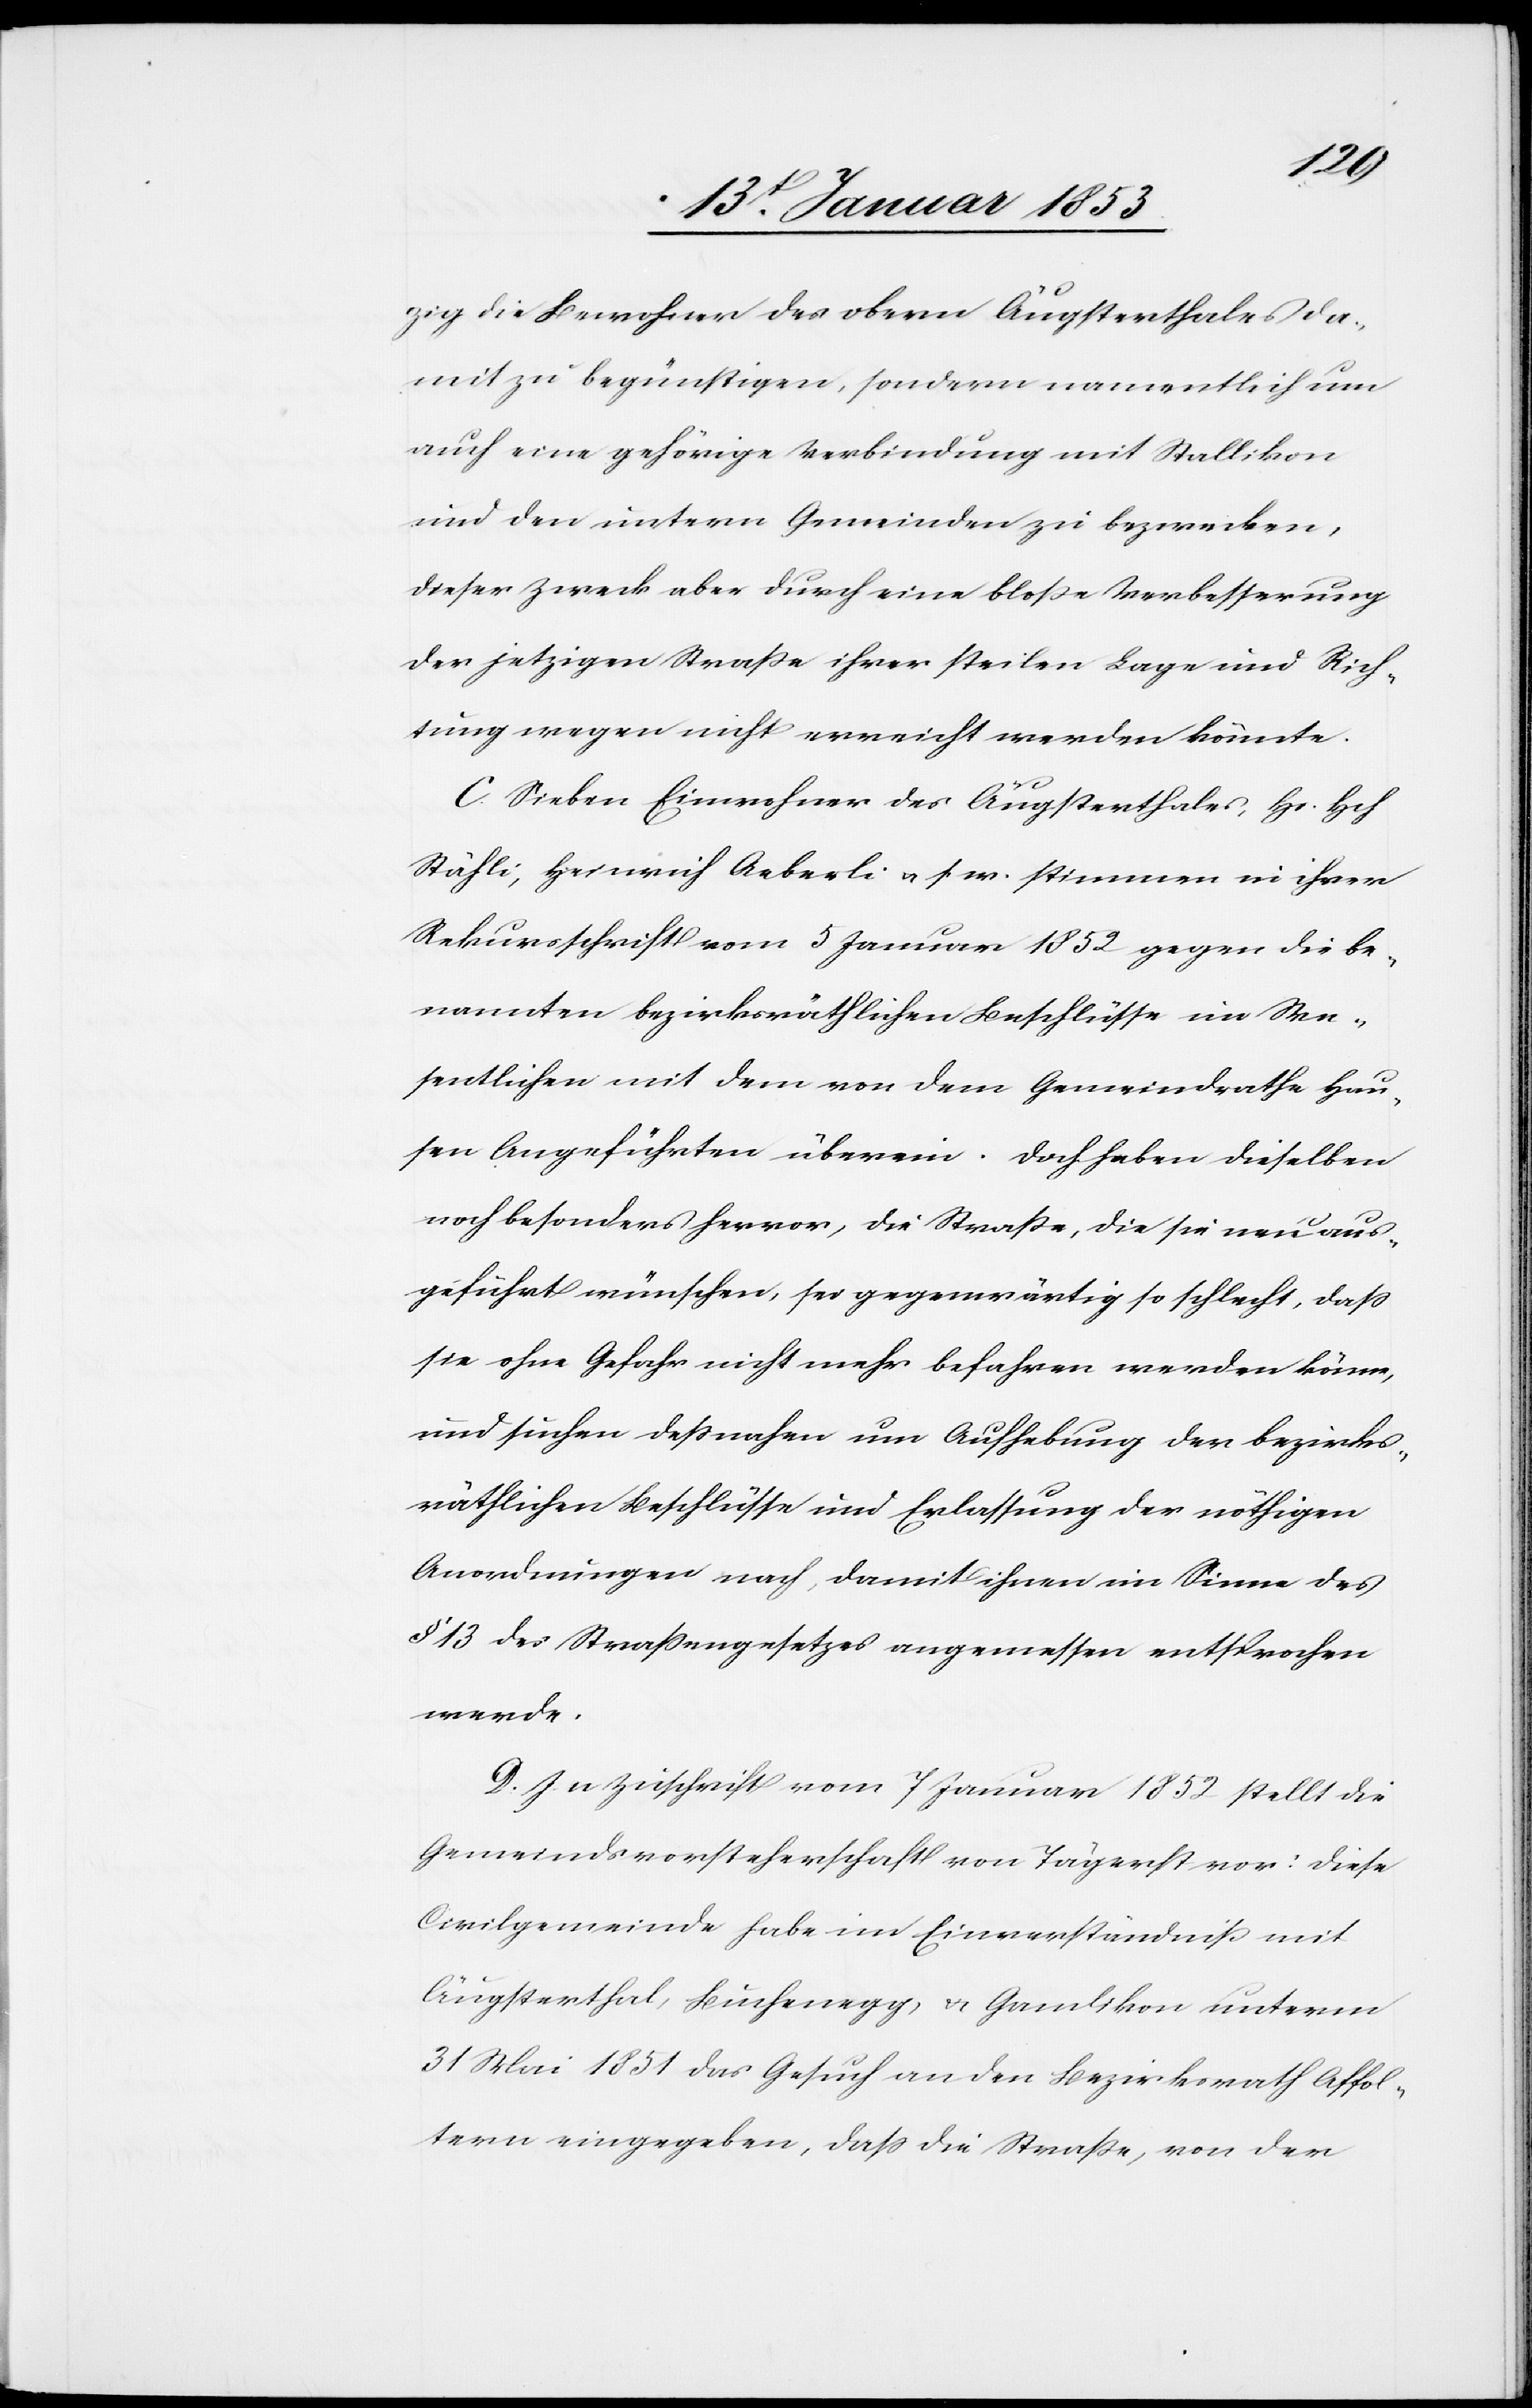
zig die Bewohner des obern Äugsterthales da¬
mit zu begünstigen, sondern namentlich um
auch eine gehörige Verbindung mit Stallikon
und den untern Gemeinden zu bezwecken,
dieser Zweck aber durch eine blosse Verbesserung
der jetzigen Strasse ihrer steilen Lage und Rich¬
tung wegen nicht erreicht werden könnte.
C. Sieben Einwohner des Äugsterthales, Hs. Hch
Stähli, Heinrich Aeberli u. s. w. stimmen in ihrer
Rekursschrift vom 5 Januar 1852 gegen die be¬
nannten bezirksräthlichen Beschlüsse im We¬
sentlichen mit dem von dem Gemeindrathe Hau¬
sen Angeführten überein. Doch heben dieselben
noch besonders hervor, die Strasse, die sie neu aus¬
geführt wünschen, sei gegenwärtig so schlecht, dass
sie ohne Gefahr nicht mehr befahren werden könne,
und suchen dessnahen um Aufhebung der bezirks¬
räthlichen Beschlüsse und Erlassung der nöthigen
Anordnungen nach, damit ihnen im Sinne des
§ 13 des Strassengesetzes angemessen entsprochen
werde.
D. In Zuschrift vom 7 Januar 1852 stellt die
Gemeindsvorsteherschaft von Tägerst vor: diese
Civilgemeinde habe im Einverständniß mit
Äugsterthal, Buchenegg, & Gamlikon unterm
31 Mai 1851 das Gesuch an den Bezirksrath Affol¬
tern eingegeben, dass die Strasse, von der